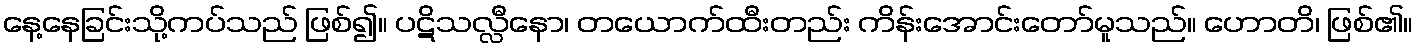
နေ့နေခြင်းသို့ကပ်သည် ဖြစ်၍။ ပဋိသလ္လီနော၊ တယောက်ထီးတည်း ကိန်းအောင်းတော်မူသည်။ ဟောတိ၊ ဖြစ်၏။